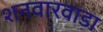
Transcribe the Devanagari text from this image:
शनवारवाडा